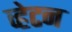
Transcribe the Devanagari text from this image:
व्हेटन